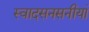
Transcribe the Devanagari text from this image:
स्वादसनसनीयां